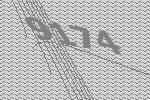
9174